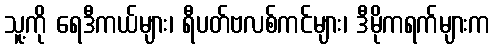
သူ့ကို ရေဒီကယ်များ၊ ရီပတ်ဗလစ်ကင်များ၊ ဒီမိုကရက်များက